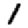
Digit: 1